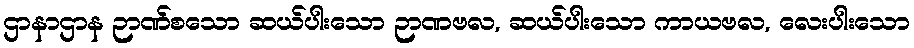
ဌာနာဌာန ဉာဏ်စသော ဆယ်ပါးသော ဉာဏဗလ, ဆယ်ပါးသော ကာယဗလ, လေးပါးသော